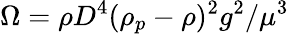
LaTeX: \Omega=\rho D^{4}(\rho_{p}-\rho)^{2}g^{2}/\mu^{3}